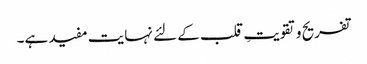
تفریح و تقویتِ قلب کے لئے نہایت مفید ہے۔